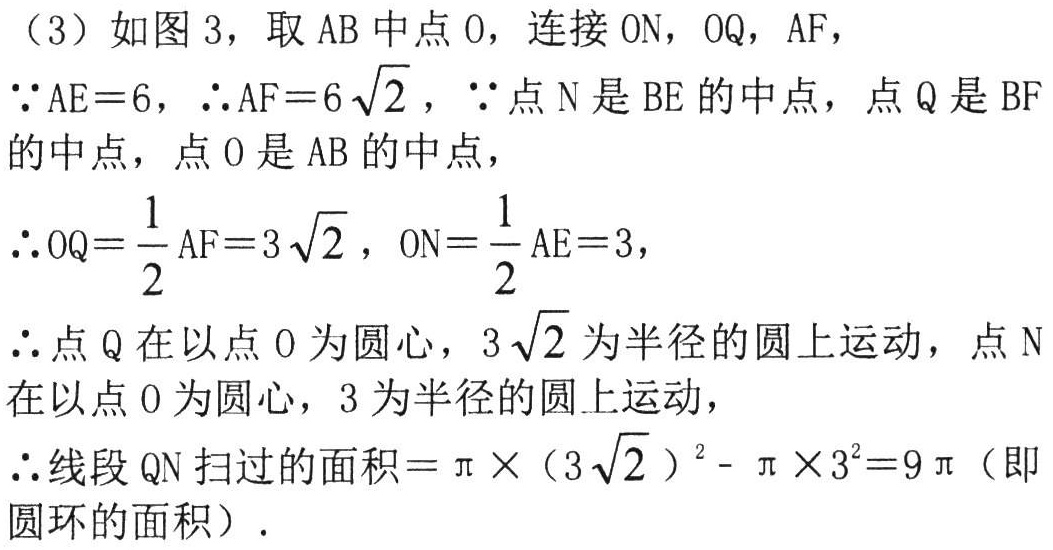
（3）如图3，取\(AB\)中点\(O\)，连接\(ON\)，\(OQ\)，\(AF\)，
\(\because AE = 6\)，\(\therefore AF = 6\sqrt{2}\)，\(\because\)点\(N\)是\(BE\)的中点，点\(Q\)是\(BF\)
的中点，点\(O\)是\(AB\)的中点，
\(\therefore OQ=\frac{1}{2}AF = 3\sqrt{2}\)，\(ON=\frac{1}{2}AE = 3\)，
\(\therefore\)点\(Q\)在以点\(O\)为圆心，\(3\sqrt{2}\)为半径的圆上运动，点\(N\)
在以点\(O\)为圆心，\(3\)为半径的圆上运动，
\(\therefore\)线段\(QN\)扫过的面积\(=\pi\times(3\sqrt{2})^{2}-\pi\times3^{2}=9\pi\)（即
圆环的面积）.